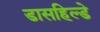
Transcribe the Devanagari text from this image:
डासहिल्डे